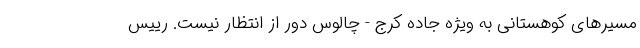
مسیر‌های کوهستانی به ویژه جاده کرج - چالوس دور از انتظار نیست. رییس